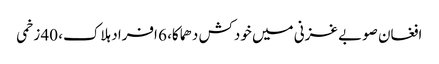
افغان صوبے غزنی میں خودکش دھماکا، 6 افراد ہلاک، 40 زخمی